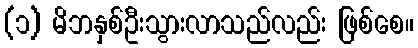
(၁) မိဘနှစ်ဦးသွားလာသည်လည်း ဖြစ်စေ။